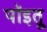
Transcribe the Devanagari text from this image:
पॉइतू